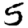
Digit: 5